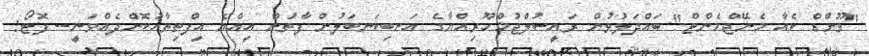
"ވޫންޑް ކެއާ މެނޭޖްމެންޓް" ބައްދަލުވުން ރައީސުލްޖުމްހޫރިއްޔާގެ އަނބިކަނބަލުން ފާތުން އިއްޔެ އިފްތިތާހުކޮށްދެއްވަނީ-- ފޮޓޯ: